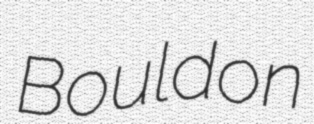
Bouldon